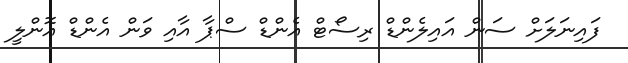
ފައިނަލަށް ސަން އައިލެންޑް ރިސޯޓް އެންޑް ސްޕާ އާއި ވަން އެންޑް އޮންލީ